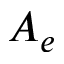
A _ { e }